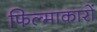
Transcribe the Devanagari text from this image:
फिल्माकारों